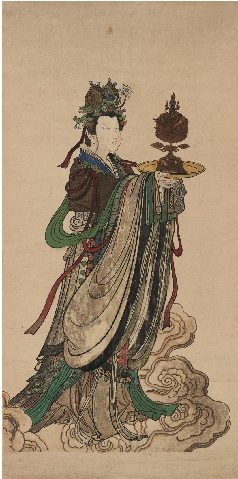
天公见玉女，大笑亿千场。